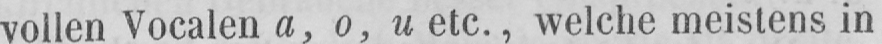
vollen Vocalen a, o, u etc., welche meistens in